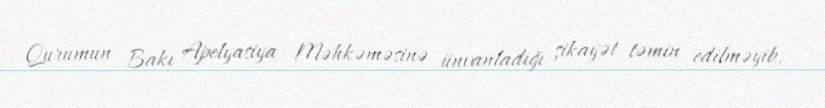
Qurumun Bakı Apelyasiya Məhkəməsinə ünvanladığı şikayət təmin edilməyib.